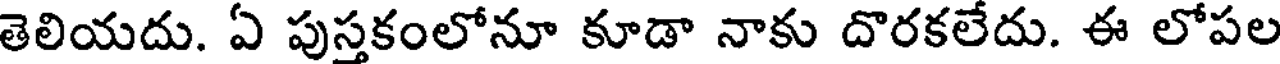
తెలియదు. ఏ పుస్తకంలోనూ కూడా నాకు దొరకలేదు. ఈ లోపల